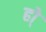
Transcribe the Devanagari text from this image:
हो्